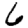
Digit: 6